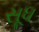
સૂધ